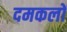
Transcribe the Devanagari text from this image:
दमकलों